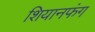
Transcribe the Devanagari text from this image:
शियानफंग